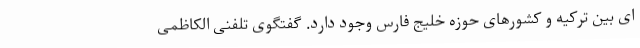
ای بین ترکیه و کشورهای حوزه خلیج فارس وجود دارد. گفتگوی تلفنی الکاظمی